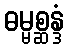
ဓမ္မစ္ဆန္ဒံ